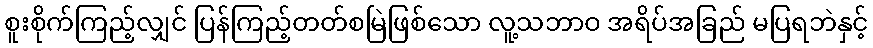
စူးစိုက်ကြည့်လျှင် ပြန်ကြည့်တတ်စမြဲဖြစ်သော လူ့သဘာဝ အရိပ်အခြည် မပြရဘဲနှင့်